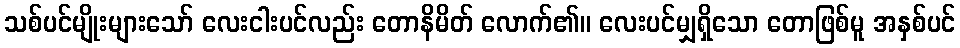
သစ်ပင်မျိုးများသော် လေးငါးပင်လည်း တောနိမိတ် လောက်၏။ လေးပင်မျှရှိသော တောဖြစ်မူ အနှစ်ပင်